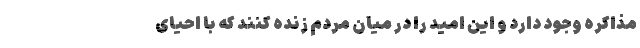
مذاکره وجود دارد و این امید را در میان مردم زنده کنند که با احیای